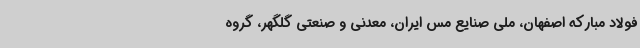
فولاد مبارکه اصفهان، ملی صنایع مس ایران، معدنی و صنعتی گلگهر، گروه